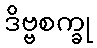
ဒိဗ္ဗစက္ခု